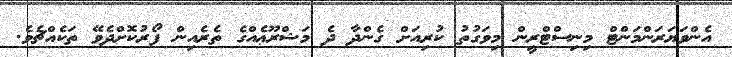
އެންވަޔަރަންމަންޓް މިނިސްޓްރީން މިވަގުތު ކުރިއަށް ގެންދާ ދެ މަޝްރޫޢެއްގެ ތެރެއިން ފޯރުކޮށްދެވޭ ތަކެއްޗެވެ.